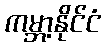
ကမ္ဘာ့နိုင်ငံ